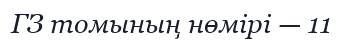
ГЗ томының нөмірі — 11